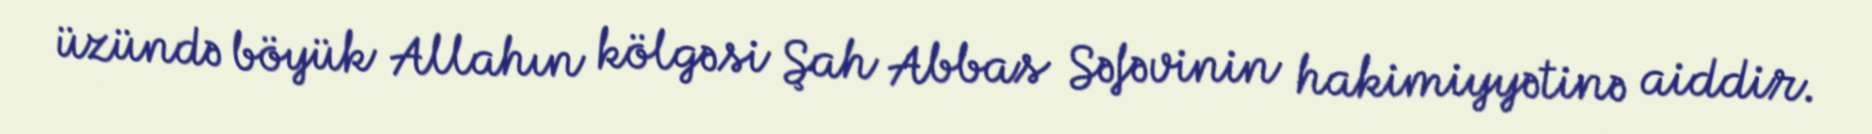
üzündə böyük Allahın kölgəsi Şah Abbas Səfəvinin hakimiyyətinə aiddir.